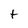
Character: t